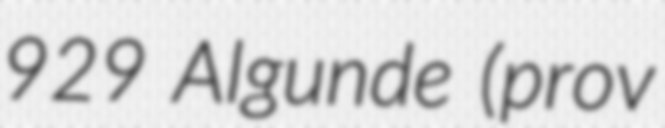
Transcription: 929 Algunde (prov